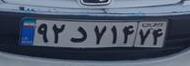
۹۲د۷۱۴۷۴